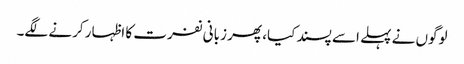
لوگوں نے پہلے اسے پسند کیا، پھر زبانی نفرت کا اظہار کرنے لگے۔